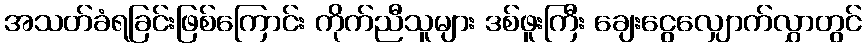
အသတ်ခံရခြင်းဖြစ်ကြောင်း ကိုက်ညီသူများ ဒစ်ဖူးကြီး ချေးငွေလျှောက်လွှာတွင်